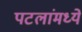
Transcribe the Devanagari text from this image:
पटलांमध्ये